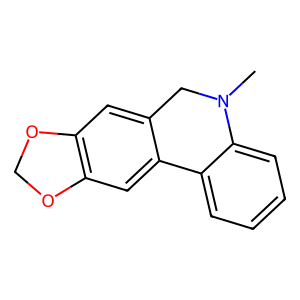
SMILES: CN1Cc2cc3c(cc2-c2ccccc21)OCO3
Inhibits HIV replication: No